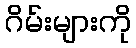
ဂိမ်းများကို